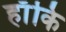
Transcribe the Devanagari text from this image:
हाँकि